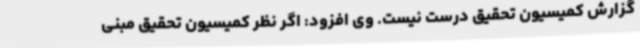
گزارش کمیسیون تحقیق درست نیست. وی افزود: اگر نظر کمیسیون تحقیق مبنی